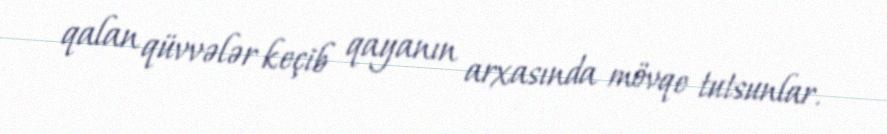
qalan qüvvələr keçib qayanın arxasında mövqe tutsunlar.